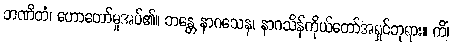
ဘဏိတံ၊ ဟောတော်မူအပ်၏။ ဘန္တေ နာဂသေန၊ နာဂသိန်ကိုယ်တော်အရှင်ဘုရား။ ကိံ၊